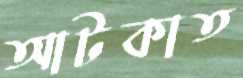
আটকাত